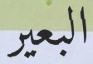
البعير